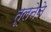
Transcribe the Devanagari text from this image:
तूलनेने